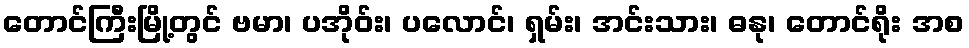
တောင်ကြီးမြို့တွင် ဗမာ၊ ပအိုဝ်း၊ ပလောင်၊ ရှမ်း၊ အင်းသား၊ ဓနု၊ တောင်ရိုး အစ